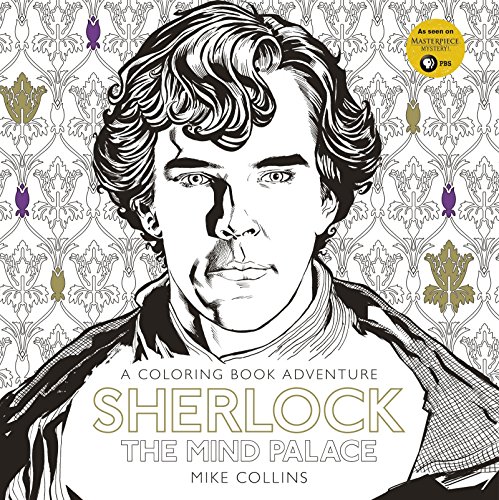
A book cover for Sherlock: The Mind Palace: A Coloring Book Adventure; Mike Collins; Humor & Entertainment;